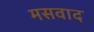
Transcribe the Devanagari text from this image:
मसवाद